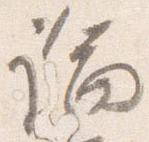
論